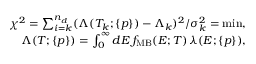
\begin{array} { r l r } & { } & { \chi ^ { 2 } = \sum _ { i = k } ^ { n _ { d } } ( \Lambda ( T _ { k } ; \{ p \} ) - \Lambda _ { k } ) ^ { 2 } / \sigma _ { k } ^ { 2 } = \operatorname* { m i n } , } \\ & { } & { \Lambda ( T ; \{ p \} ) = \int _ { 0 } ^ { \infty } d E \, f _ { \mathrm { M B } } ( E ; T ) \, \lambda ( E ; \{ p \} ) , } \end{array}